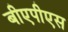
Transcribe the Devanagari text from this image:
बीएपीएस